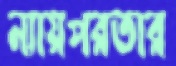
ন্যায়পরতার